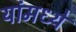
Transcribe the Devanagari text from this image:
यांमध्‍ये